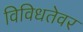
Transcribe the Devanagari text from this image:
विविधतेवर